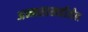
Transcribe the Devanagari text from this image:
अन्नसाखळीतील